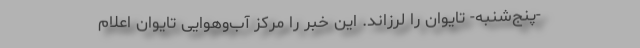
-‌پنج‌شنبه- تایوان را لرزاند. این خبر را مرکز آب‌وهوایی تایوان اعلام